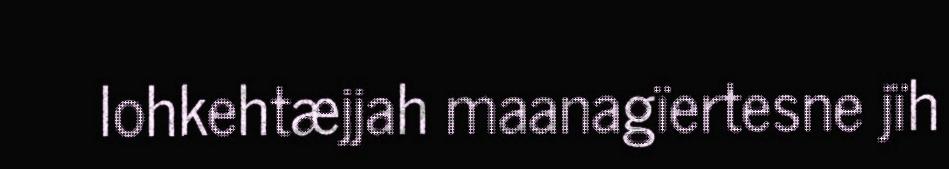
lohkehtæjjah maanagïertesne jïh